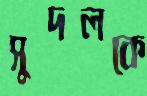
সুদলকে